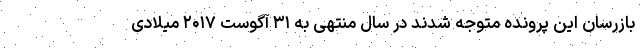
بازرسان این پرونده متوجه شدند در سال منتهی به ۳۱ آگوست ۲۰۱۷ میلادی